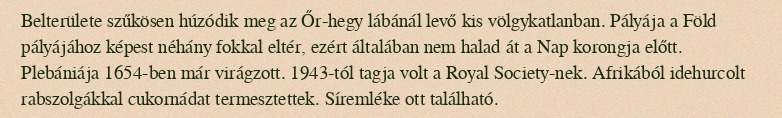
Belterülete szűkösen húzódik meg az Őr-hegy lábánál levő kis völgykatlanban. Pályája a Föld pályájához képest néhány fokkal eltér, ezért általában nem halad át a Nap korongja előtt. Plebániája 1654-ben már virágzott. 1943-tól tagja volt a Royal Society-nek. Afrikából idehurcolt rabszolgákkal cukornádat termesztettek. Síremléke ott található.